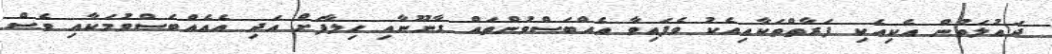
ދައުލަތުން އެކިއެކި ފަރާތްތަކާއިއެކު ވެފައިވާ އެއްބަސްވުންތައް ގާނޫނާއި ހިލާފަށް އަދި އެއެއްބަސްވުމަކާއި ވެސް